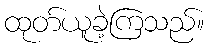
ထုတ်ယူခဲ့ကြသည်။